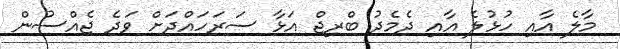
މާލެ އާއި ހުޅުލެ އާއި ދެމެދު ބްރިޖް އަޅާ ސަރަހައްދަށް ވަދެ ޖެއްސުން